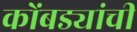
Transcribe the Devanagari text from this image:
कोंबड्यांची